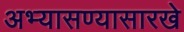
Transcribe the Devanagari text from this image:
अभ्यासण्यासारखे